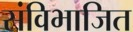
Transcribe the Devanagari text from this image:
संविभाजित